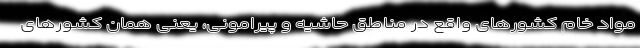
مواد خام کشورهای واقع در مناطق حاشیه و پیرامونی، یعنی همان کشورهای